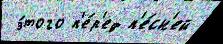
 э́того п'е́р'ед п'е́сн'ей